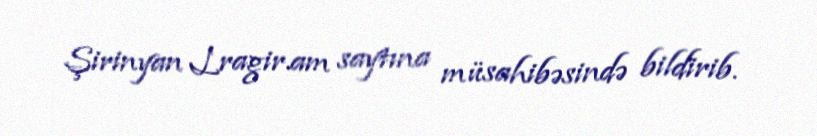
Şirinyan Lragir.am saytına müsahibəsində bildirib.